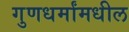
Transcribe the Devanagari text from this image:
गुणधर्मांमधील